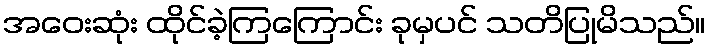
အဝေးဆုံး ထိုင်ခဲ့ကြကြောင်း ခုမှပင် သတိပြုမိသည်။